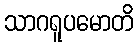
သာဂရူပမောတိ